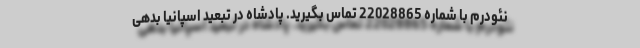
نئودرم با شماره 22028865 تماس بگیرید. پادشاه در تبعید اسپانیا بدهی